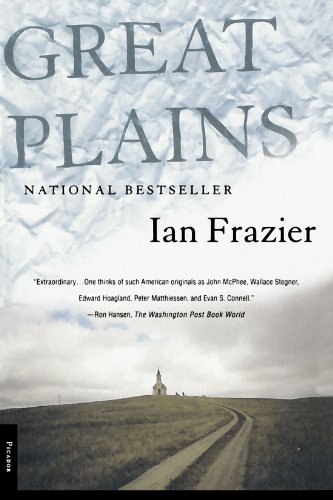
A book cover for Great Plains; Ian Frazier; Travel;